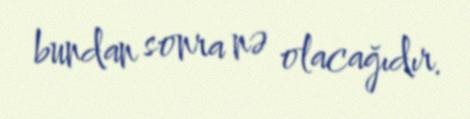
bundan sonra nə olacağıdır.